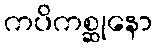
ကပိကစ္ဆုနော